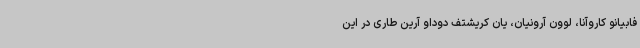
فابیانو کاروآنا، لوون آرونیان، یان کریشتف دوداو آرین طاری در این